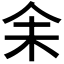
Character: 𪜬